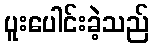
ပူးပေါင်းခဲ့သည်